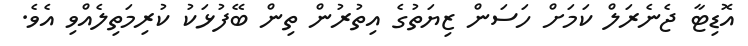
އޮޑިޓާ ޖެނެރަލް ކަމަށް ހަސަން ޒިޔަތުގެ އިތުރުން ތިން ބޭފުޅަކު ކުރިމަތިލެއްވި އެވެ.